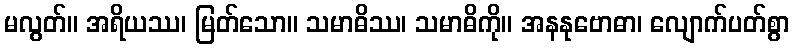
မလွတ်။ အရိယဿ၊ မြတ်သော။ သမာဓိဿ၊ သမာဓိကို။ အနနုဗောဓာ၊ လျောက်ပတ်စွာ